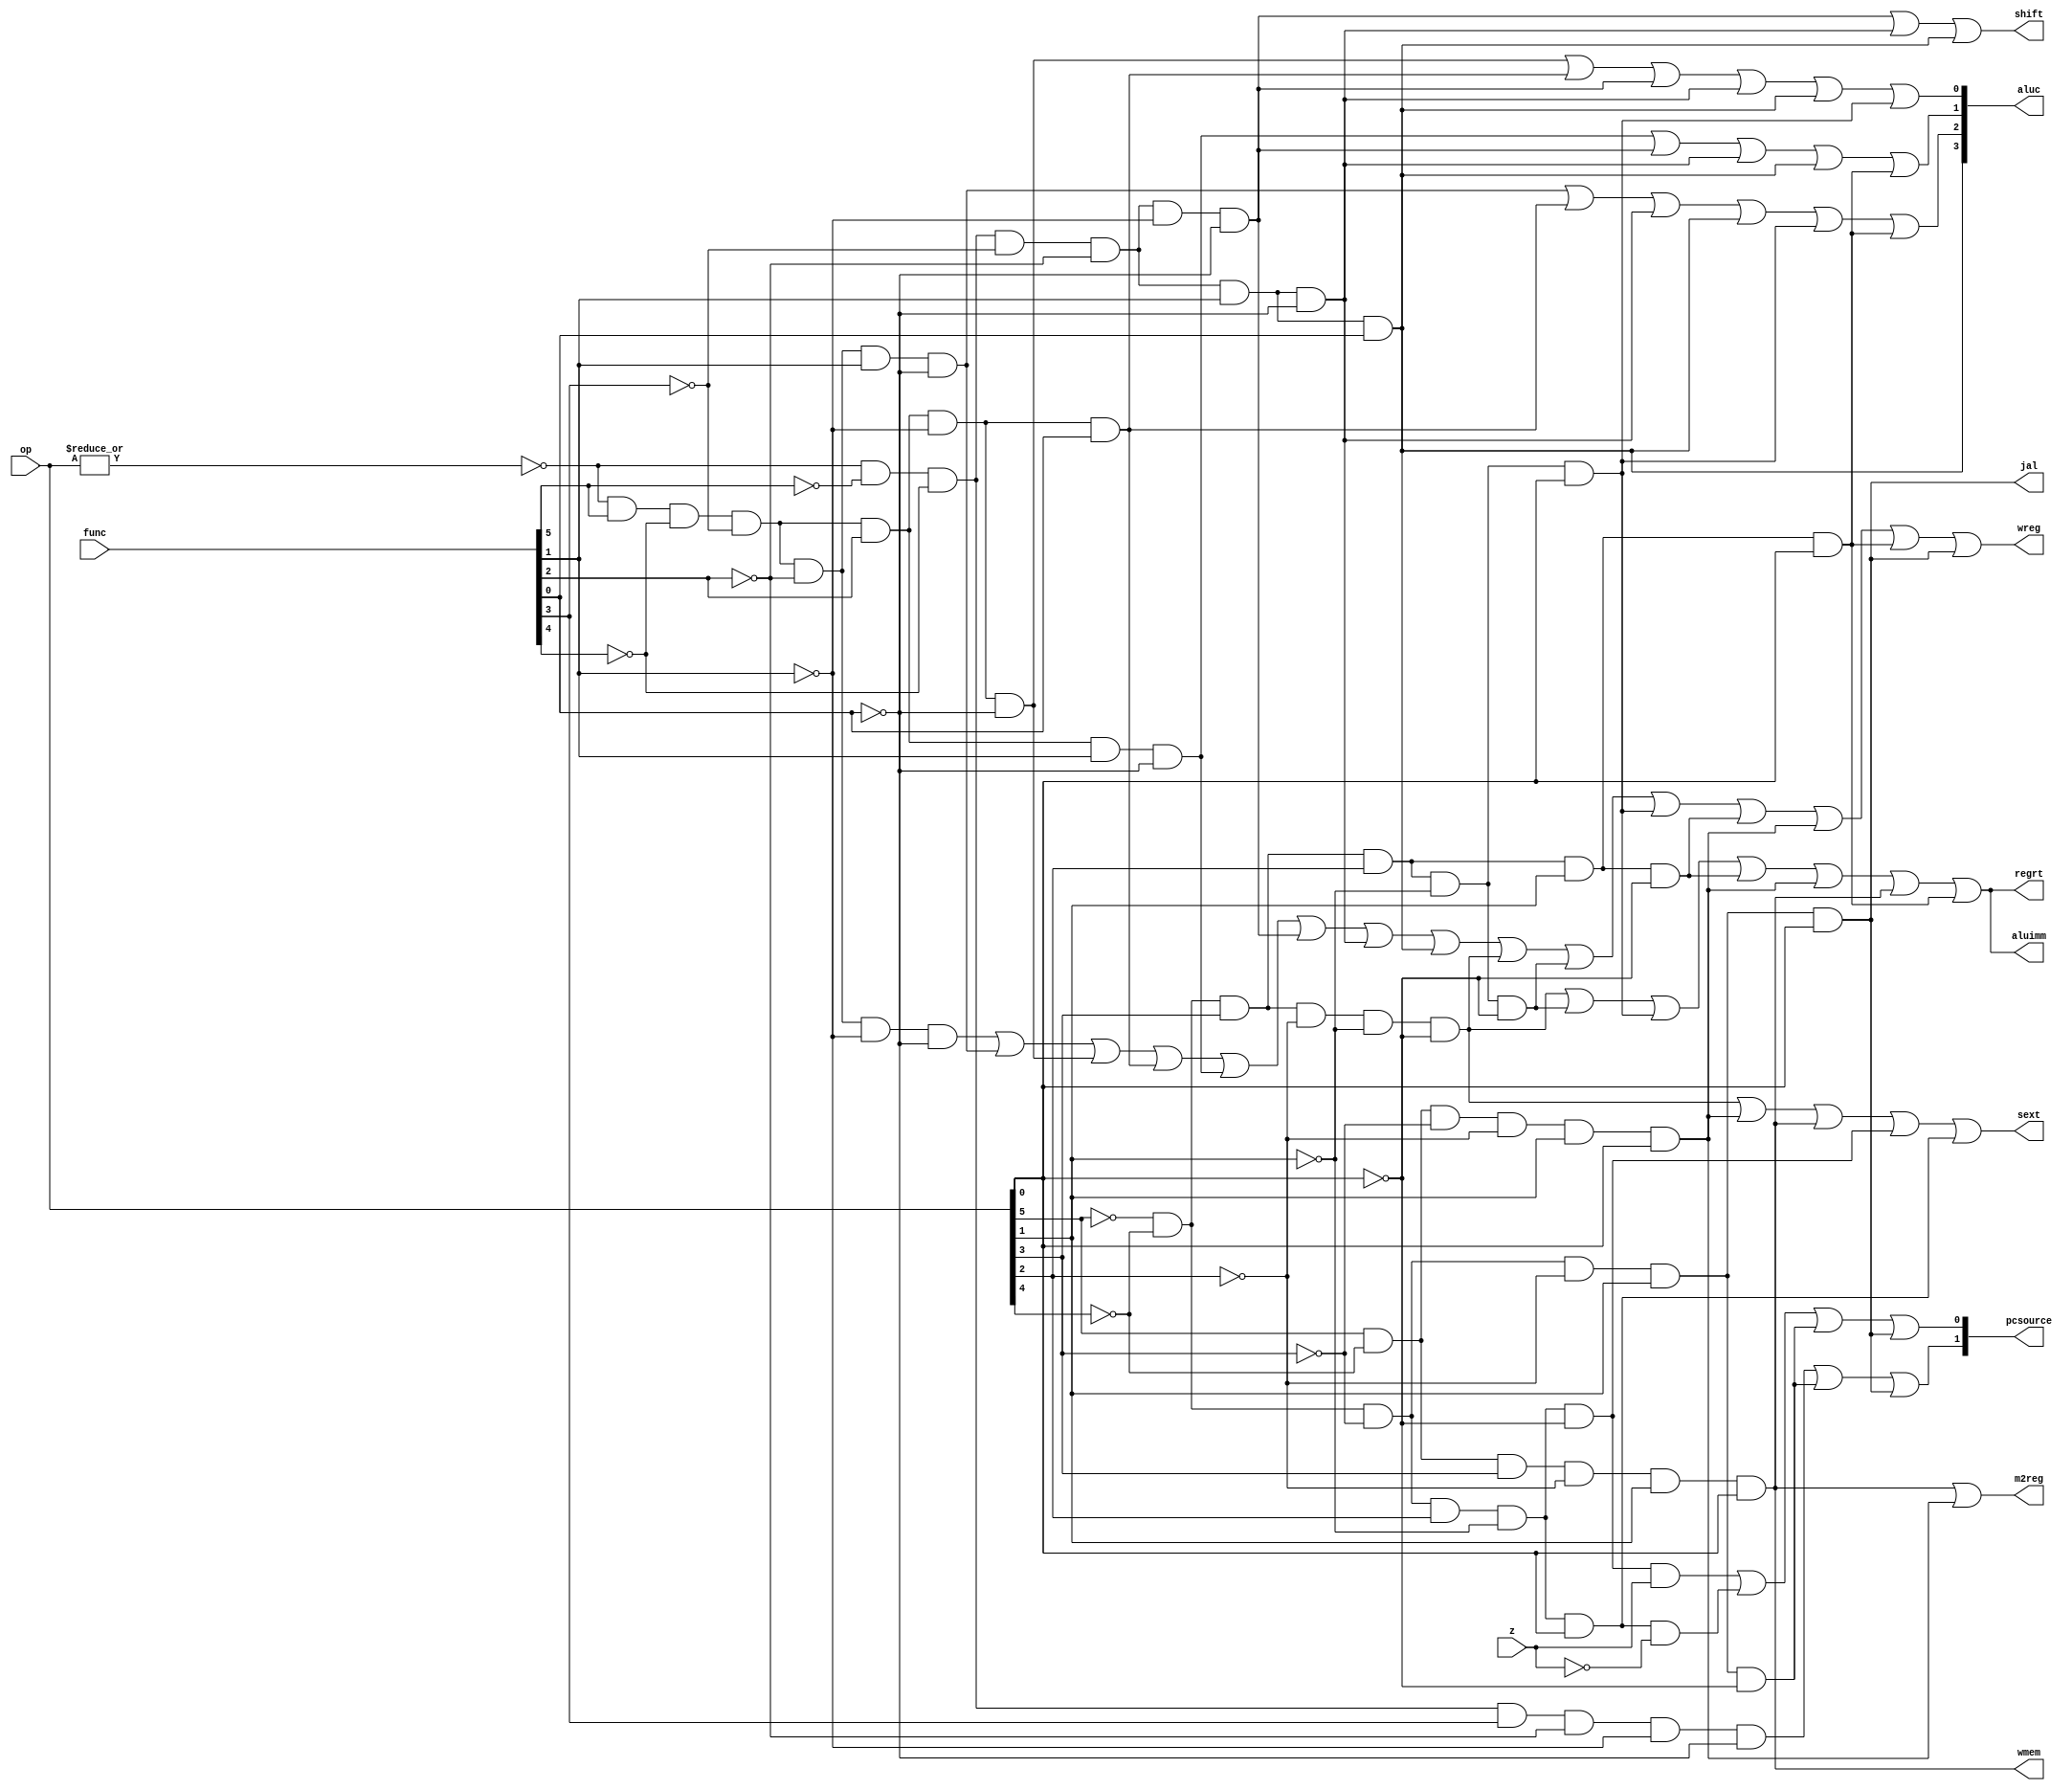
module sc_cu (op, func, z, wmem, wreg, regrt, m2reg, aluc, shift,
              aluimm, pcsource, jal, sext);
   input  [5:0] op,func;
   input        z;
   output       wreg,regrt,jal,m2reg,shift,aluimm,sext,wmem;
   output [3:0] aluc;
   output [1:0] pcsource;
   wire r_type = ~|op;
   wire i_add = r_type &  func[5] & ~func[4] & ~func[3] & ~func[2] & ~func[1] & ~func[0];          //100000
   wire i_sub = r_type &  func[5] & ~func[4] & ~func[3] & ~func[2] &  func[1] & ~func[0];          //100010
   wire i_and = r_type &  func[5] & ~func[4] & ~func[3] &  func[2] & ~func[1] & ~func[0];          //100100 
   wire i_or  = r_type &  func[5] & ~func[4] & ~func[3] &  func[2] & ~func[1] &  func[0];          //100101
                          
   wire i_xor = r_type &  func[5] & ~func[4] & ~func[3] &  func[2] &  func[1] & ~func[0];          //100110
   wire i_sll = r_type & ~func[5] & ~func[4] & ~func[3] & ~func[2] & ~func[1] & ~func[0];          //000000
   wire i_srl = r_type & ~func[5] & ~func[4] & ~func[3] & ~func[2] &  func[1] & ~func[0];          //000010
   wire i_sra = r_type & ~func[5] & ~func[4] & ~func[3] & ~func[2] &  func[1] &  func[0];          //000011
   wire i_jr  = r_type & ~func[5] & ~func[4] &  func[3] & ~func[2] & ~func[1] & ~func[0];          //001000
                
   wire i_addi = ~op[5] & ~op[4] &  op[3] & ~op[2] & ~op[1] & ~op[0]; //001000
   wire i_andi = ~op[5] & ~op[4] &  op[3] &  op[2] & ~op[1] & ~op[0]; //001100
   wire i_ori  = ~op[5] & ~op[4] &  op[3] &  op[2] & ~op[1] &  op[0]; //001101        
   wire i_xori = ~op[5] & ~op[4] &  op[3] &  op[2] &  op[1] & ~op[0]; //001110  
   wire i_lw   =  op[5] & ~op[4] & ~op[3] & ~op[2] &  op[1] &  op[0]; //100011  
   wire i_sw   =  op[5] & ~op[4] &  op[3] & ~op[2] &  op[1] &  op[0]; //101011
   wire i_beq  = ~op[5] & ~op[4] & ~op[3] &  op[2] & ~op[1] & ~op[0]; //000100
   wire i_bne  = ~op[5] & ~op[4] & ~op[3] &  op[2] & ~op[1] &  op[0]; //000101
   wire i_lui  = ~op[5] & ~op[4] &  op[3] &  op[2] &  op[1] &  op[0]; //001111
   wire i_j    = ~op[5] & ~op[4] & ~op[3] & ~op[2] &  op[1] & ~op[0]; //000010
   wire i_jal  = ~op[5] & ~op[4] & ~op[3] & ~op[2] &  op[1] &  op[0]; //000011
   /*js
	function f(A){
		s="";
		for(var i =5 ;i>=0;i--){
			if(A[5-i]=="1"){
				s+=" ";
			}else{
				s+="~";
			}
			
			s+="op["+i+"] ";
			
			if(i!=0){
				s+="& ";
			}else{
				s+=";";
			}
		}
		return s;
	}
   */
  
   assign pcsource[1] = i_jr | i_j | i_jal;
   assign pcsource[0] = ( i_beq & z ) | (i_bne & ~z) | i_j | i_jal ;
   
   assign wreg = i_add | i_sub | i_and | i_or   | i_xor  |
                 i_sll | i_srl | i_sra | i_addi | i_andi |
                 i_ori | i_xori | i_lw | i_lui  | i_jal;
   
   assign aluc[3] = i_sra;
   assign aluc[2] = i_sub | i_or | i_srl | i_sra | i_ori | i_lui;
   assign aluc[1] = i_xor | i_sll | i_srl | i_sra | i_lui;
   assign aluc[0] = i_and | i_or | i_sll | i_srl | i_sra | i_ori;
   assign shift   = i_sll | i_srl | i_sra ;

   assign aluimm  = i_addi | i_andi | i_ori | i_xori | i_lw | i_sw | i_lui;
   assign sext    = i_addi | i_lw | i_sw | i_beq | i_bne;
   assign wmem    = i_sw;
   assign m2reg   = i_sw | i_lw;
   assign regrt   = i_addi | i_andi | i_ori | i_xori | i_lw | i_sw | i_lui;
   assign jal     = i_jal;

endmodule